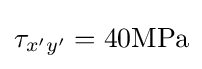
\tau _{x'y'}=40{\textrm {MPa}}